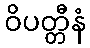
ဝိပတ္တီနံ